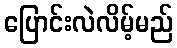
ပြောင်းလဲလိမ့်မည်